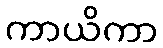
ကာယိကာ